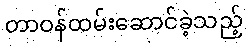
တာဝန်ထမ်းဆောင်ခဲ့သည့်